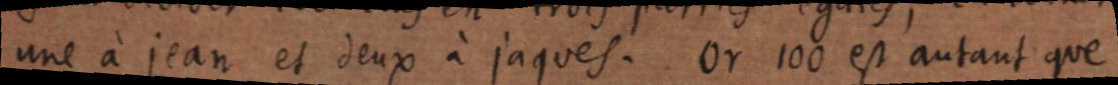
une à jean et deux à jaques. Or 100 est autant que